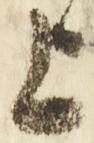
上